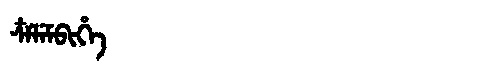
Manchu: ᠴᠶᠯᡝᠮᠪᡳᡥᡝ
Romanization: CYLEMBIHE